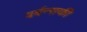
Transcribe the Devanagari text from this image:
वर्बन्सकी